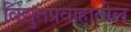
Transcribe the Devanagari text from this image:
विद्युतप्रवाहातील